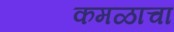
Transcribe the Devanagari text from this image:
कमळाचा